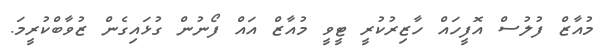
މުއާޒް ފުލުސް އޮފީހައް ހާޒިރުކުރީ ޓީވީ މުއާޒް އައް ފޯނުން ގުޅައިގެން ޒުވާބްކުރީމަ.